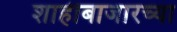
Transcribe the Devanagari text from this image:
शाहीबाजारच्या